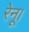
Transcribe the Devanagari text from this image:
रेनू।